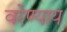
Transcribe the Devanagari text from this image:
वरेण्याय